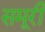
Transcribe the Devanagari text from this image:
समूरी